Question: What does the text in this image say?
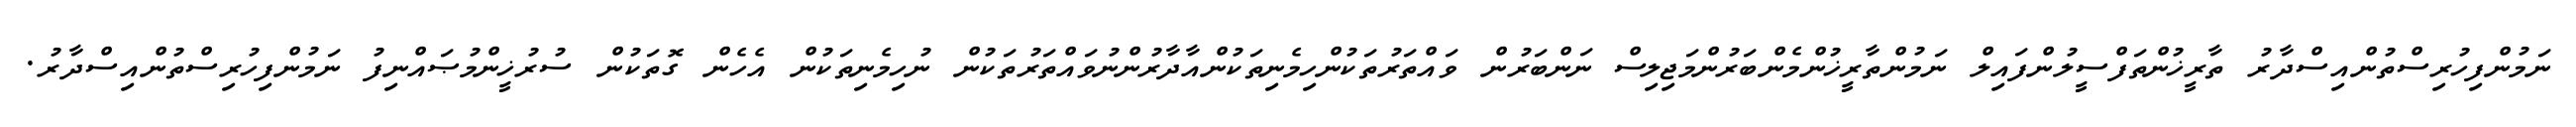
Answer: ނަމުންފިހުރިސްތުންއިސްދާރު ތާރީޚުންތަފްސީލުންފައިލް ނަމުންތާރީޚުންމެންބަރުންމަޖިލިސް ނަންބަރުން ވައްތަރުތަކުންހިމެނިތަކުންއާދާރުންނުވައްތަރުތަކުން ނުހިމެނިތަކުން އެހެން ގޮތަކުން ސުރުޚީންމުޞައްނިފު ނަމުންފިހުރިސްތުންއިސްދާރު.